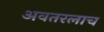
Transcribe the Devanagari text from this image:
अवतरलाच